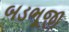
બડભૂજી